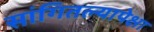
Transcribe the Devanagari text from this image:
सांगितल्यापेक्षा